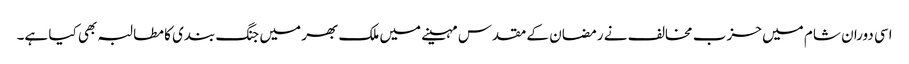
اسی دوران شام میں حزب مخالف نے رمضان کے مقدس مہینے میں ملک بھر میں جنگ بندی کا مطالبہ بھی کیا ہے۔